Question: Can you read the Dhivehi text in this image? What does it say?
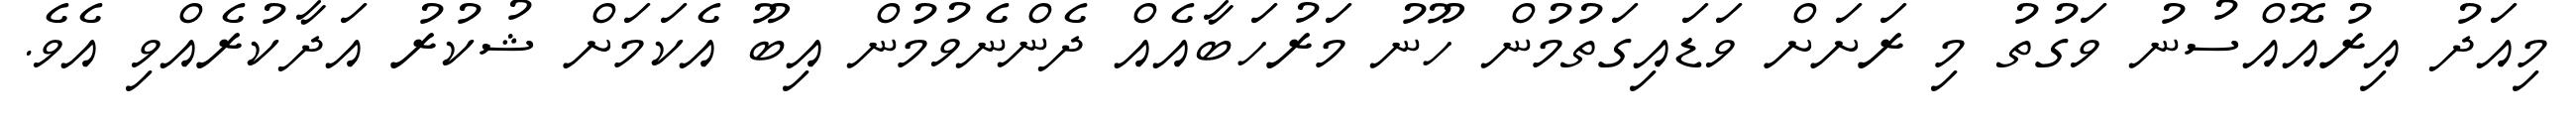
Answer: މިއަދު އިރުއޮއްސުނު ވަގުތު މި ރަށަށް ވަޑައިގަތުމުން ހޫނު މަރުހަބާއެއް ދެންނެވުމުން އިބޫ އެކަމަށް ޝުކުރު އަދާކުރެއްވި އެވެ.